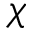
\chi